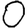
Digit: 0